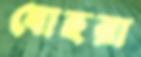
যোহরা